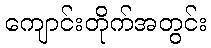
ကျောင်းတိုက်အတွင်း